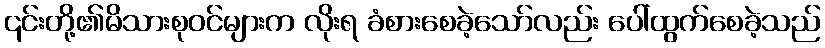
၎င်းတို့၏မိသားစုဝင်များက လိုးရ ခံစားစေခဲ့သော်လည်း ပေါ်ထွက်စေခဲ့သည်